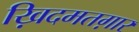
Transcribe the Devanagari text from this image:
ख़िदमतग़ार